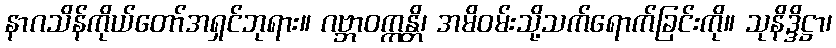
နာဂသိန်ကိုယ်တော်အရှင်ဘုရား။ ဂဗ္ဘာဝက္ကန္တိ၊ အမိဝမ်းသို့သက်ရောက်ခြင်းကို။ သုနိဒ္ဒိဋ္ဌာ၊